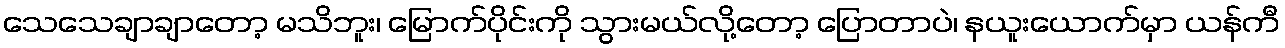
သေသေချာချာတော့ မသိဘူး၊ မြောက်ပိုင်းကို သွားမယ်လို့တော့ ပြောတာပဲ၊ နယူးယောက်မှာ ယန်ကီ